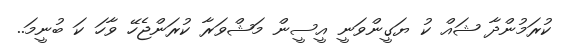
ކުރަމުންދާ ޝައް ކު ޔަގީންވަނީ އީސީން މަޝްވަރާ ކުރަންޖެހޭ ވާހަ ކަ ބުނީމަ..